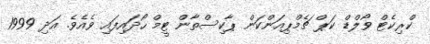
ކްރިކެޓް ވޯލްޑް ކަޕް ޗެމްޕިއަންކަން ޕާކިސްތާން ޓީމް ހޯދައިފައި ވެއެވެ. އަދި 1999